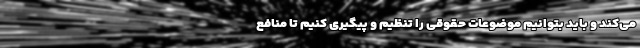
می‌کند و باید بتوانیم موضوعات حقوقی را تنظیم و پیگیری کنیم تا منافع